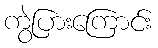
ကွဲပြားကြောင်း